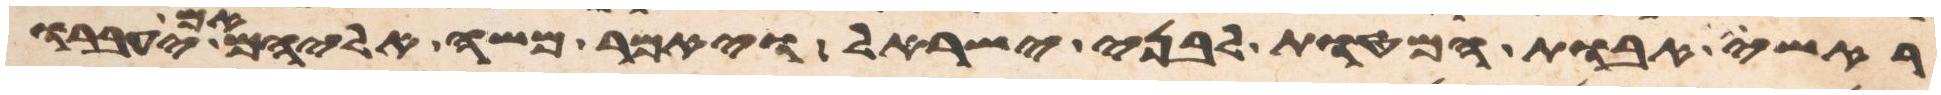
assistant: ראשי אבות המטות לבני ישראל ויאמר משה אליהם אם יעברו